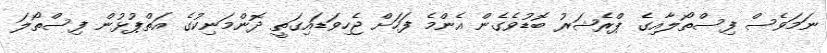
ނަމަވެސް ފިސްތޯލާއިގެ ޕްރެޝަރު ބޮޑުވެގެން އެންމެ ފަހަށް ޖެހިވަޑައިގަތީ ދޮންމަނިކުގެ އަތްޕުޅުން ފިސްތޯލަ